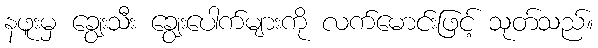
နဖူးမှ ချွေးသီး ချွေးပေါက်များကို လက်မောင်းဖြင့် သုတ်သည်။